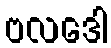
ဗလဒေါ